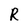
Character: R